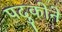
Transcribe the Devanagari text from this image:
पदुकोने